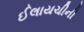
ઈલાયચીની